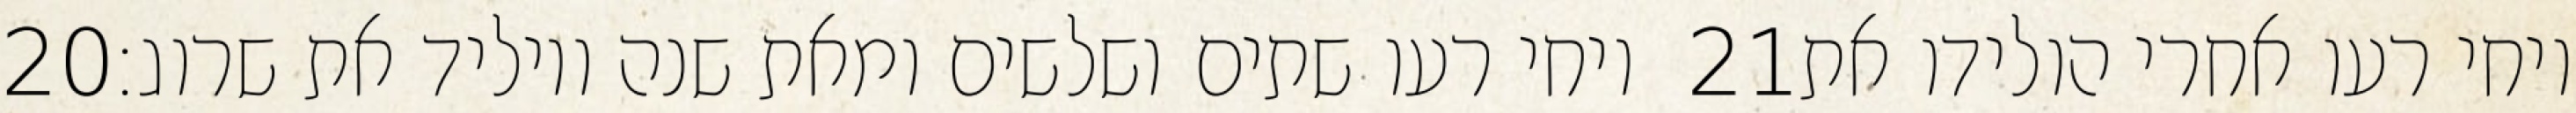
‎20‏ ויחי רעו שתים ושלשים ומאת שנה ויוליד את שרוג׃ ‎21‏ ויחי רעו אחרי הולידו את